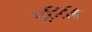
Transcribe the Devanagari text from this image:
धृतिहि